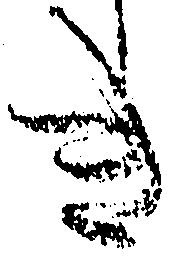
き